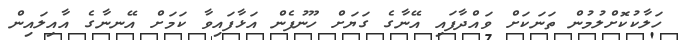
ހަލާކުކޮށްލުމުން ތަނަކަށް ވައްދާފައި އޭނާގެ ގަޔަށް ހޫނުފެން އަޅާފައިވާ ކަމަށް އޭނނާގެ އާއިލައިން